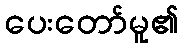
ပေးတော်မူ၏